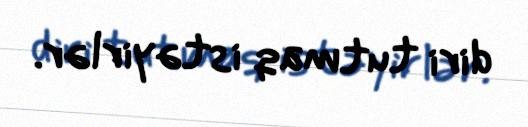
diri tutmaq istəyirlər.